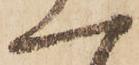
一